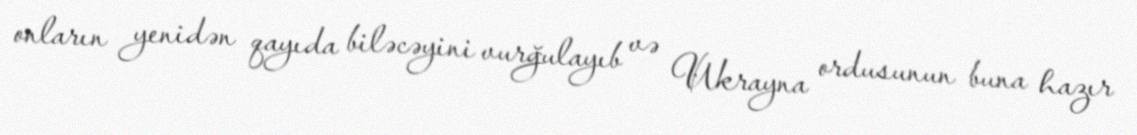
onların yenidən qayıda biləcəyini vurğulayıb və Ukrayna ordusunun buna hazır